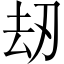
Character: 刼